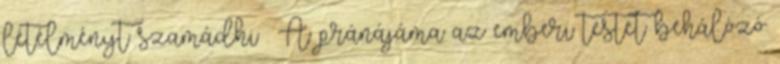
létélményt szamádhi . A pránájáma az emberi testet behálózó